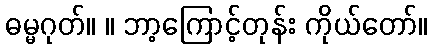
ဓမ္မဂုတ်။ ။ ဘာ့ကြောင့်တုန်း ကိုယ်တော်။